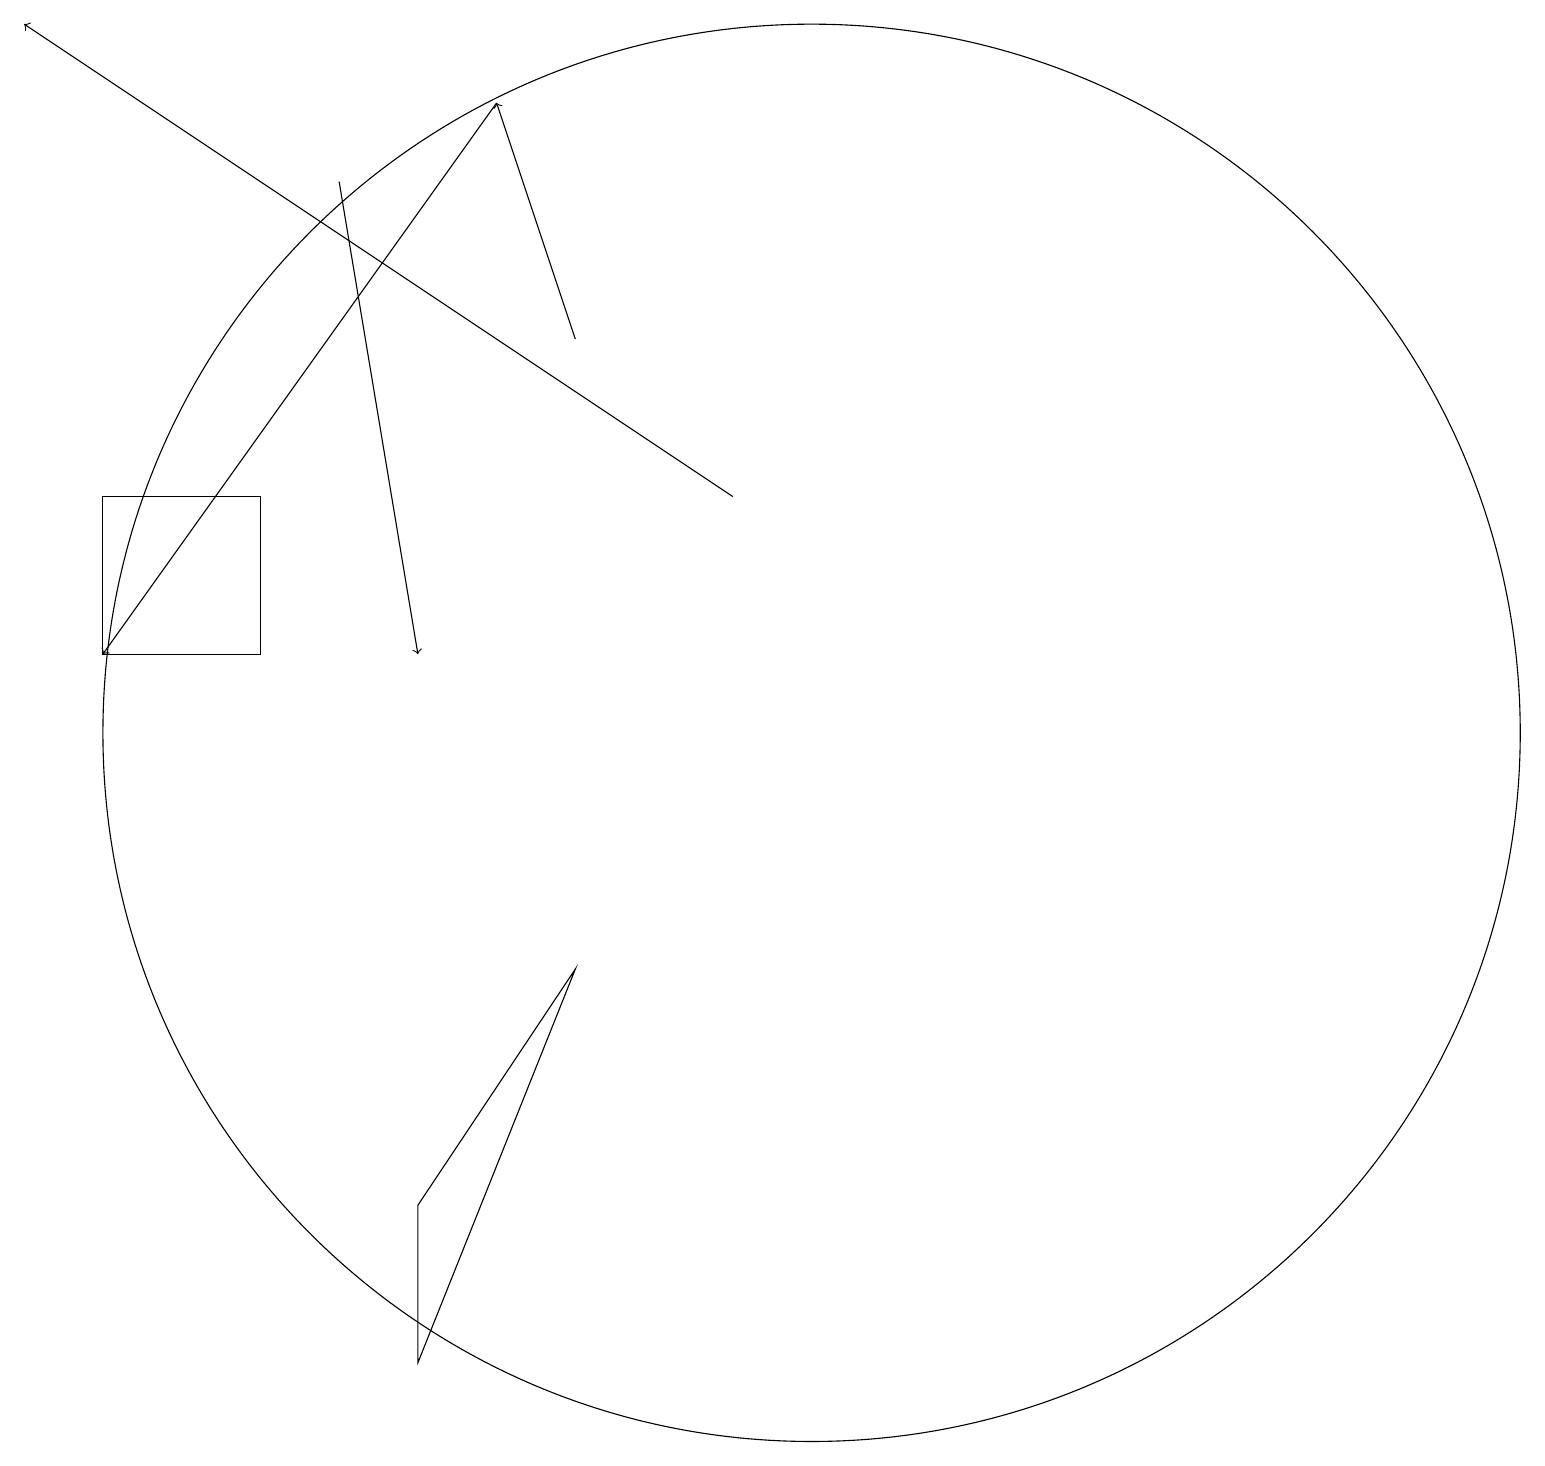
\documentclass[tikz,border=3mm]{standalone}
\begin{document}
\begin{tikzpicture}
\draw (5,2) -- (5,4) -- (7,7) -- cycle;
\draw[->] (4,17) -- (5,11);
\draw (3,11) rectangle (1,13);
\draw (10,10) circle (9);
\draw[->] (9,13) -- (0,19);
\draw[->] (6,18) -- (1,11);
\draw[->] (7,15) -- (6,18);
\draw (11,11) circle (0);
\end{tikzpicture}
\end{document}